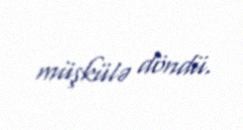
müşkülə döndü.